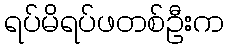
ရပ်မိရပ်ဖတစ်ဦးက